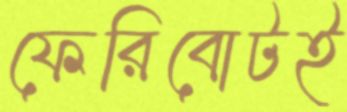
ফেরিবোটই